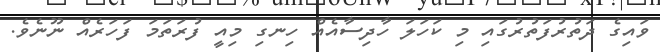
ވައިގެ ދަތުރުފަތުރުގައި މި ކަހަލަ ހާދިސާއެއް ހިނގި މިއީ ފުރަތަމަ ފަހަރެއް ނޫނެވެ.